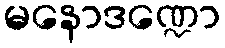
မနောဒဏ္ဍော